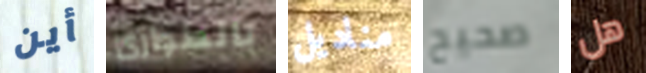
أين بالطوارئ مناديل صحيح هل